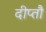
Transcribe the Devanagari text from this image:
दीप्तौ